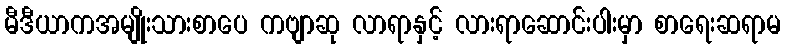
မီဒီယာကအမျိုးသားစာပေ ကဗျာဆု လာရာနှင့် လားရာဆောင်းပါးမှာ စာရေးဆရာမ